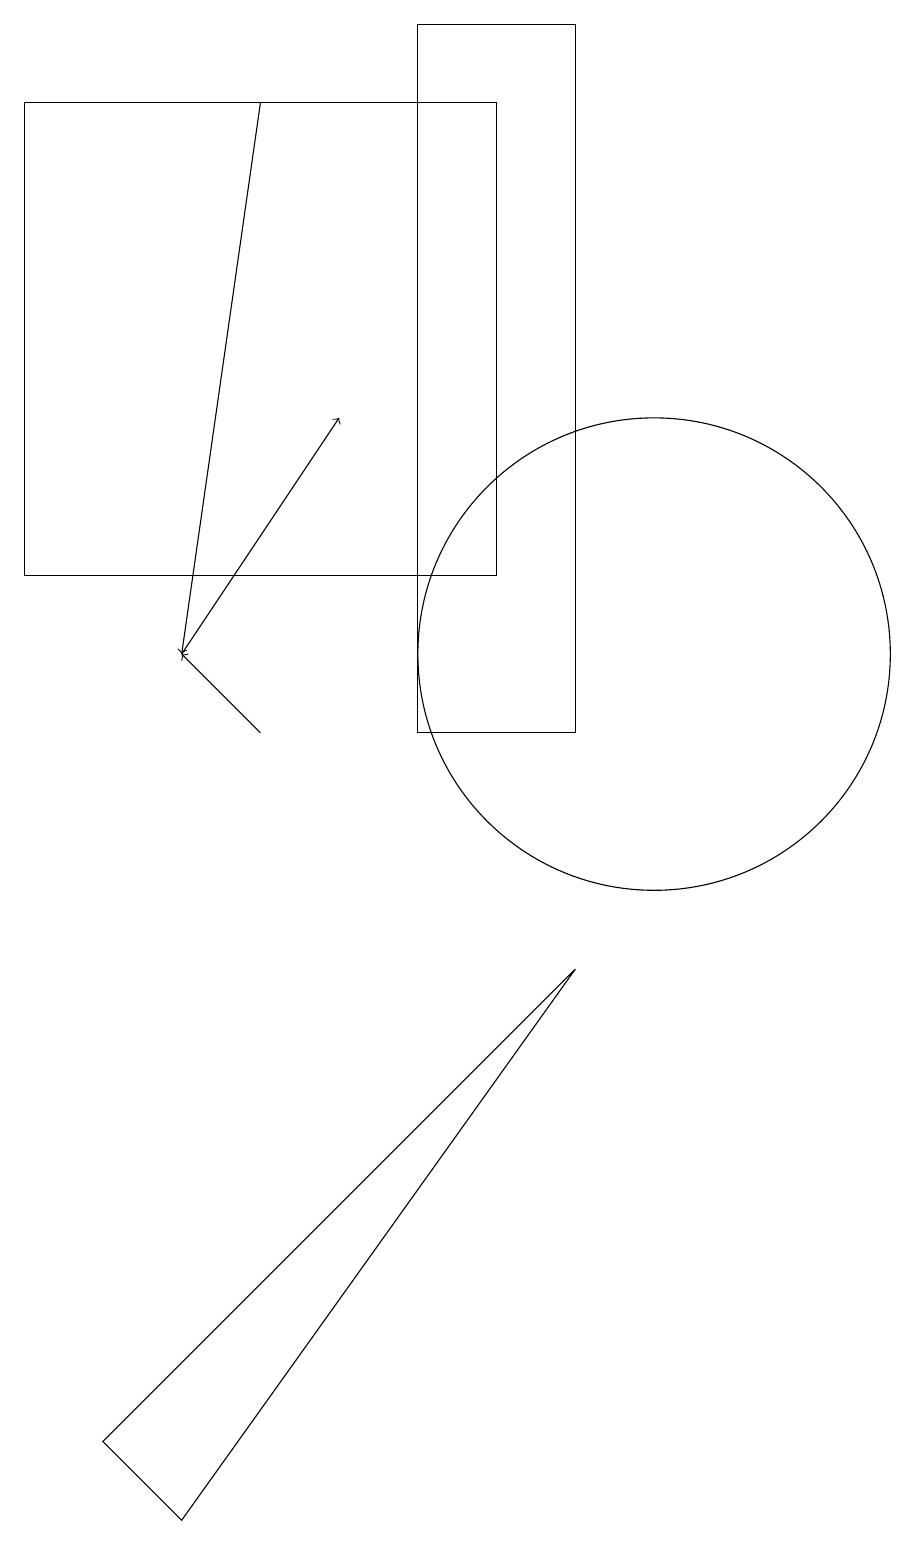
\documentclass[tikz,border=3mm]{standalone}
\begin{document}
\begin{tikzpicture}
\draw (2,18) rectangle (8,12);
\draw (10,11) circle (3);
\draw[->] (4,11) -- (6,14);
\draw (9,10) rectangle (7,19);
\draw[->] (5,18) -- (4,11);
\draw[->] (5,10) -- (4,11);
\draw (9,7) -- (3,1) -- (4,0) -- cycle;
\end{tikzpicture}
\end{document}